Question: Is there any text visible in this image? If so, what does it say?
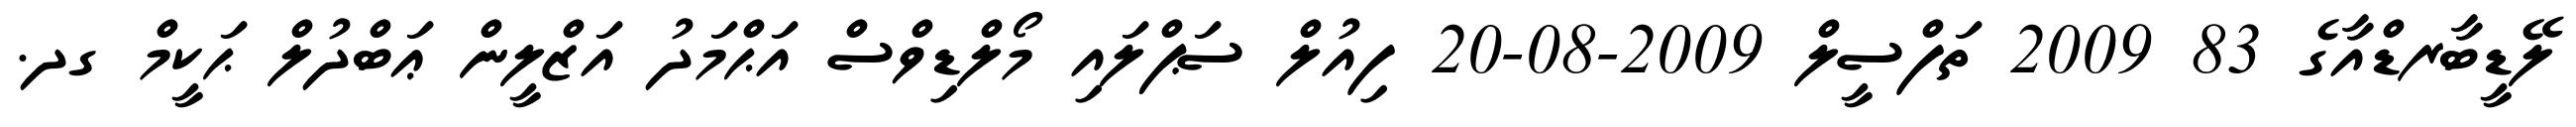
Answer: ލޭޑީބާރޑްއާގެ 83 2009 ތަފްސީލް 2009-08-20 ފިއުލް ސަޕްލައި މޯލްޑިވްސް އަޙްމަދު އަޒްލީން ޢަބްދުލް ޙަކީމް ގދ.